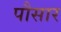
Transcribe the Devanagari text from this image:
पौसार